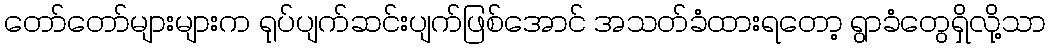
တော်တော်များများက ရုပ်ပျက်ဆင်းပျက်ဖြစ်အောင် အသတ်ခံထားရတော့ ရွာခံတွေရှိလို့သာ